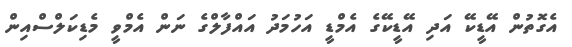
އެގޮތުން އޭޑީކޭ އަދި އޭޑީކޭގެ އެމްޑީ އަހުމަދު އައްފާލްގެ ނަން އެމްވީ މެޑިކަލްސްއިން